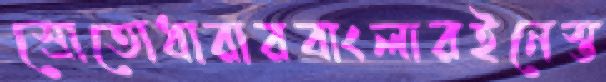
স্রোতোধারারবাংলারইনেস্ত